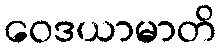
ဝေဒယာမာတိ